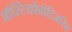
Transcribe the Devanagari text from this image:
ऑस्टियोप्रोटिजरिन